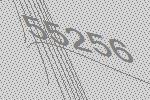
55256